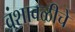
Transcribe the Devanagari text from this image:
वंशावळीचे